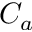
C _ { a }